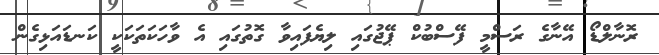
ރޮނާލްޑޯ އޭނާގެ ރަސްމީ ފޭސްބުކް ޕޭޖުގައި ލިޔެފައިވާ ގޮތުގައި އެ ވާހަކަތަކަކީ ކަނޑައަޅިގެން